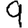
Digit: 9